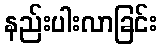
နည်းပါးလာခြင်း